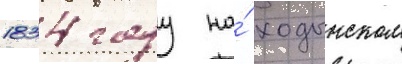
1834 году на́ ходынском